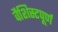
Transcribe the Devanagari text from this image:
वैशिस्टपूर्ण